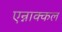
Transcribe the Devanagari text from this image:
एन्नाक्कल